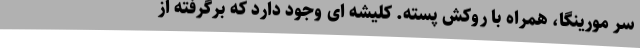
سر مورینگا، همراه با روکش پسته. کلیشه ای وجود دارد که برگرفته از